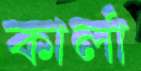
কার্লা